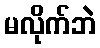
မလိုက်ဘဲ